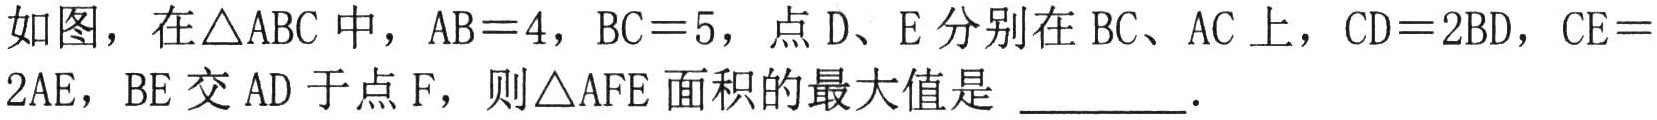
如图，在\(\triangle ABC\) 中，\(AB = 4\)，\(BC = 5\)，点 \(D\)、\(E\) 分别在 \(BC\)、\(AC\) 上，\(CD = 2BD\)，\(CE = 2AE\)，\(BE\) 交 \(AD\) 于点 \(F\)，则\(\triangle AFE\) 面积的最大值是 \_\_\_\_\_．